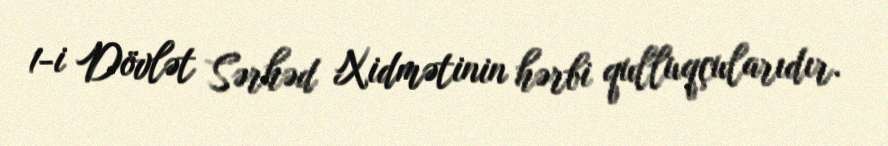
1-i Dövlət Sərhəd Xidmətinin hərbi qulluqçularıdır.